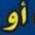
أو